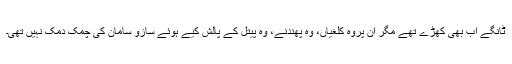
ٹانگے اب بھی کھڑے تھے مگر ان پروہ کلغیاں، وہ پھندنے، وہ پیتل کے پالش کیے ہوئے سازو سامان کی چمک دمک نہیں تھی۔